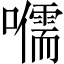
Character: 𡃽